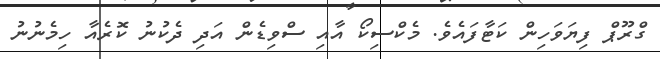
ގްރޫޕް ފިޔަވަހިން ކަޓާފައެވެ. މެކްސިކޯ އާއި ސްވިޑެން އަދި ދެކުނު ކޮރެއާ ހިމެނުނު